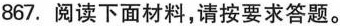
867. 阅读下面材料，请按要求答题。